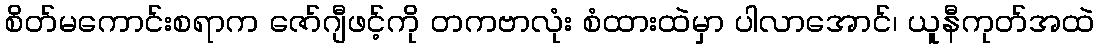
စိတ်မကောင်းစရာက ဇော်ဂျီဖင့်ကို တကဗာလုံး စံထားထဲမှာ ပါလာအောင်၊ ယူနီကုတ်အထဲ